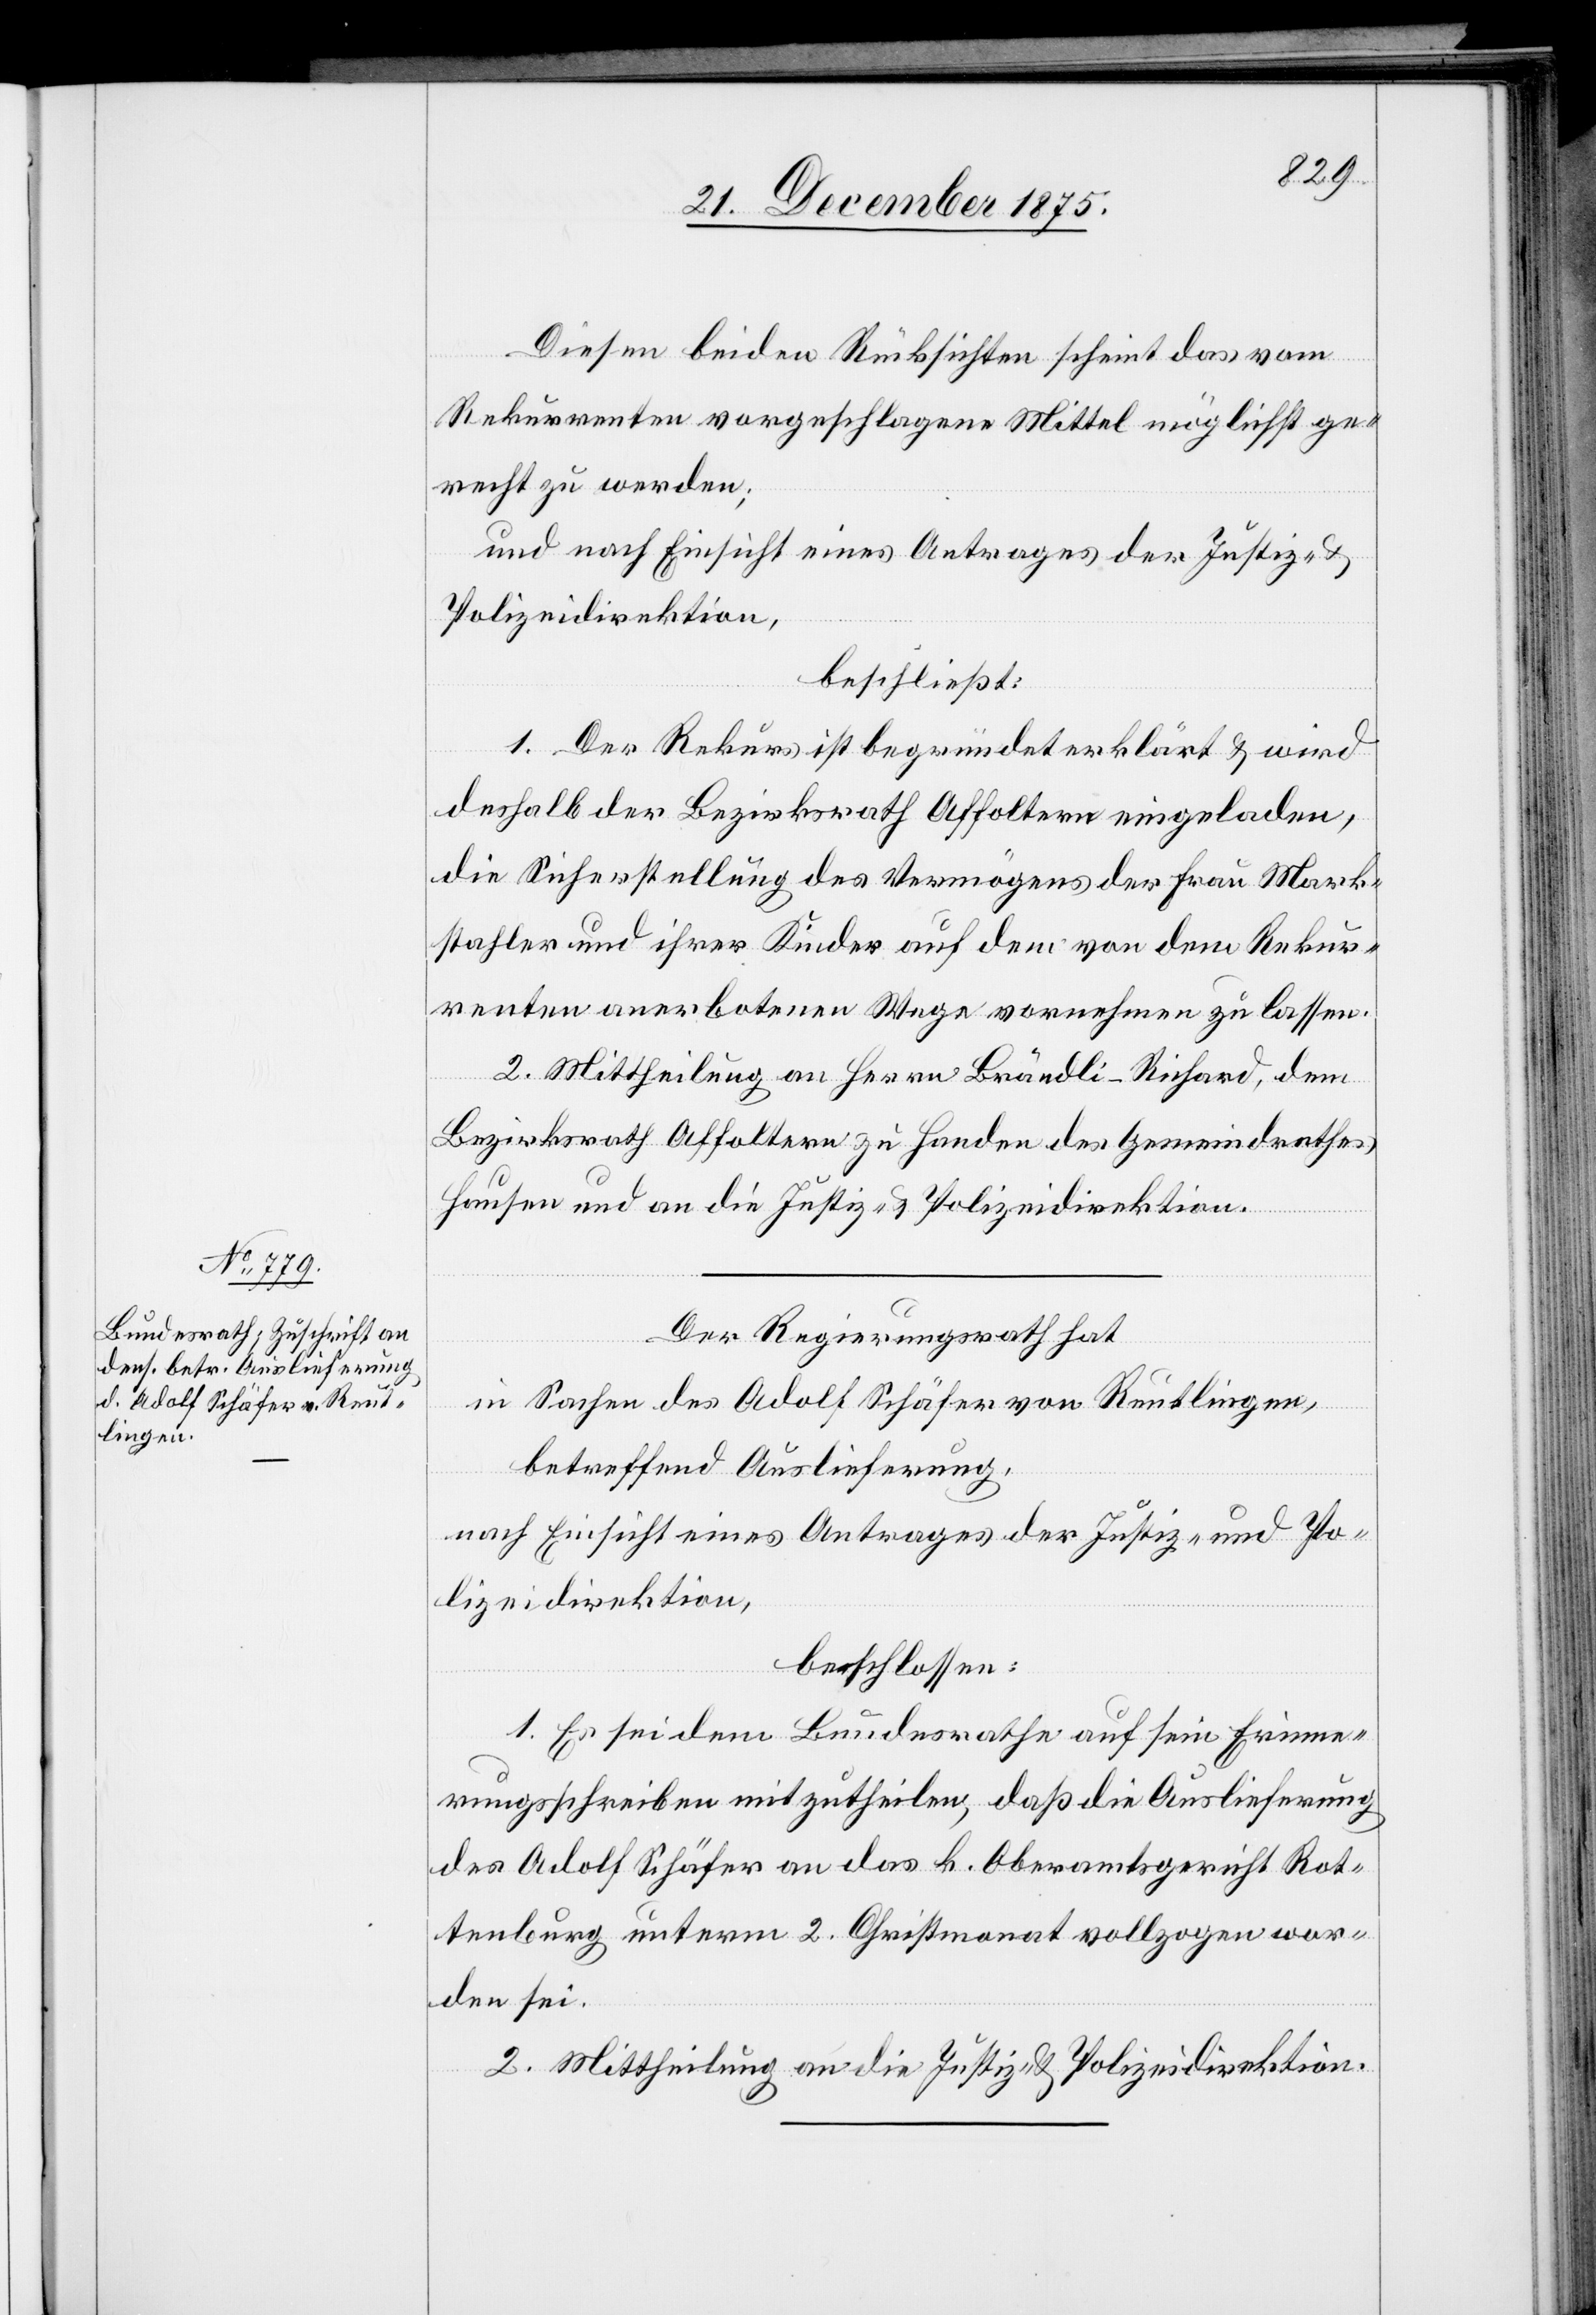
Diesen beiden Rücksichten scheint das vom
Rekurrenten vorgeschlagene Mittel möglichst ge¬
recht zu werden;
und nach Einsicht eines Antrages der Justiz-
Polizeidirektion,
beschließt:
1. Der Rekurs ist begründet erklärt & wird
deshalb der Bezirksrath Affoltern eingeladen,
die Sicherstellung des Vermögens der Frau Mark¬
stahler und ihrer Kinder auf dem von dem Rekur¬
renten anerbotenen Wege vornehmen zu lassen.
2. Mittheilung an Herrn Brändli-Richard, dem
Bezirksrath Affoltern zu Handen des Gemeindrathes
Hausen und an die Justiz- und Polizeidirektion.
Der Regierungsrath hat
in Sachen des Adolf Schäfer von Reutlingen,
betreffend Auslieferung,
nach Einsicht eines Antrages der Justiz- und Po¬
lizeidirektion,
beschlossen:
1. Es sei dem Bundesrathe auf sein Erinne¬
rungsschreiben mitzutheilen, daß die Auslieferung
des Adolf Schäfer an das k. Obergericht Rot¬
tenburg unterm 2. Christmonat vollzogen wor¬
den sei.
2. Mittheilung an die Justiz- und Polizeidirektion.